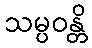
သမ္ပဝန္တိ